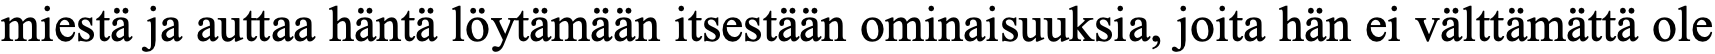
miestä ja auttaa häntä löytämään itsestään ominaisuuksia, joita hän ei välttämättä ole